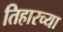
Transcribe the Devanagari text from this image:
तिहारच्या